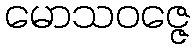
မောသဝဇ္ဇေ